Lunatic asylums in Bengal annual reports 1888-1898 - 1888-1898
Year: 1888
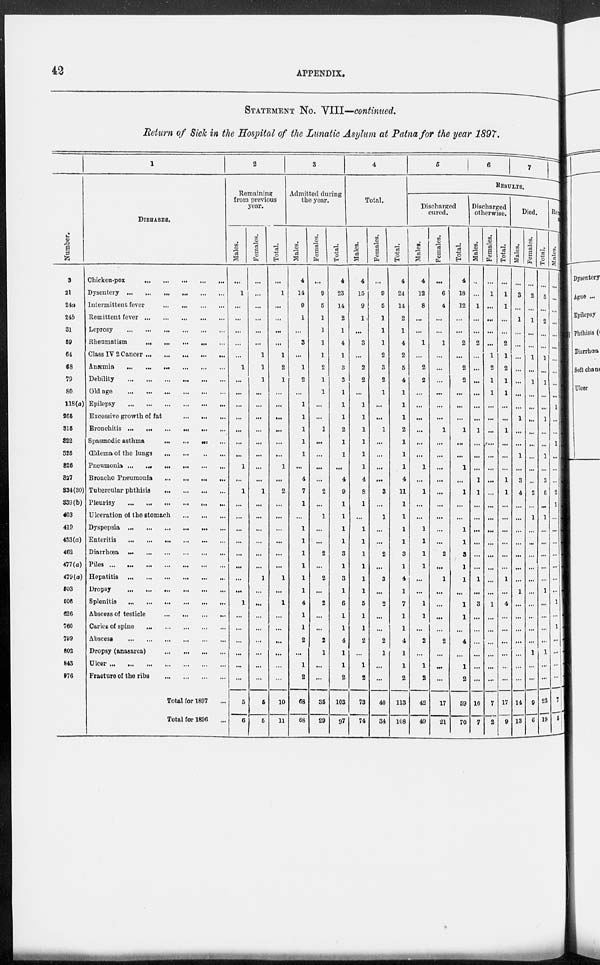
42
APPENDIX.
STATEMENT No. VIII—continued.
Return of Sick in the Hospital of the Lunatic Asylum at Patna for the year 1897.
Number.
3
21
24a
24b
31
59
64
68
79
80
118(a)
265
315
322
325
326
327
334(30)
339(b)
403
419
433(a)
462
477(a)
479(a)
503
506
626
760
799
802
843
976
1
DISEASES.
Chicken-pox
...
...
...
...
...
Dysentery
...
...
...
...
...
...
Intermittent fever
...
...
...
...
Remittent fever
...
...
...
...
...
Leprosy
...
...
...
...
...
...
Rheumatism
... ... ... ... ...
Class IV 2 Cancer
...
...
...
...
...
Anæmia ... ... ... ... ... ...
Debility
...
...
...
...
...
...
Old age ... ... ... ... ... ...
Epilepsy
...
...
...
...
...
...
Excessive growth of fat
...
...
...
Bronchitis
...
...
...
...
...
...
Spasmodic asthma
...
...
...
...
Œema of the lungs
...
...
...
...
Pneumonia
...
...
...
...
...
...
Broncho Pneumonia
...
...
...
...
Tubercular phthisis
...
...
...
...
Pleurisy
...
...
...
...
...
...
Ulceration of the stomach
...
...
...
Dyspepsia
...
...
...
...
...
...
Enteritis ... ... ... ... ... ...
Diarrhœa
...
...
...
...
...
...
Piles
...
...
...
...
...
...
...
Hepatitis
...
...
...
...
...
...
Dropsy ... ... ... ... ... ...
Splenitis
...
...
...
...
...
...
Abscess of testicle
...
...
...
...
Caries of spine
...
...
...
...
...
Abscess
...
...
...
...
...
...
Dropsy (anasarca)
...
...
...
...
Ulcer
...
...
...
...
...
...
...
Fracture of the
ribs
...
...
...
...
Total for 1897 ...
Total for 1896 ...
2
Remaining
from previous
year.
Males.
...
1
...
...
...
...
...
1
...
...
...
...
...
...
...
1
...
1
...
...
...
...
...
...
...
...
1
...
...
...
...
...
...
5
6
Females.
...
...
...
...
...
...
1
1
1
...
...
...
...
...
...
...
...
1
...
...
...
...
...
...
1
...
...
...
...
...
...
...
...
6
5
Total.
...
1
...
...
...
...
1
2
1
...
...
...
...
...
...
1
...
2
...
...
...
...
...
...
1
...
1
...
...
...
...
...
...
10
11
3
Admitted during
the year.
Males.
4
14
9
1
...
3
...
1
2
...
1
1
1
1
1
...
4
7
1
...
1
1
1
1
1
1
4
1
1
2
...
1
2
68
68
Females.
...
9
5
1
1
1
1
2
1
1
...
...
1
...
...
...
...
2
...
1
...
...
2
...
2
...
2
...
...
2
1
...
...
35
29
Total.
4
23
14
2
1
4
1
3
3
1
1
1
2
1
1
...
4
9
1
1
1
1
3
1
3
1
6
1
1
4
1
1
2
103
97
4
Total.
Males.
4
15
9
1
...
3
...
2
2
...
1
1
1
1
1
1
4
8
1
...
1
1
1
1
1
1
5
1
1
2
...
1
2
73
74
Females.
...
9
6
1
1
1
2
3
2
1
...
...
1
...
...
...
...
3
...
1
...
...
2
...
3
...
2
...
...
2
1
...
...
40
34
Total.
4
24
14
2
1
4
2
5
4
1
1
1
2
1
1
1
4
11
1
1
1
1
3
1
4
1
7
1
1
4
1
1
2
113
108
5
6
7
RESULTS.
Discharged
cured.
Males.
4
12
8
...
...
1
...
2
2
...
...
...
...
...
...
1
...
1
...
...
1
1
1
1
...
...
1
1
...
2
...
1
2
42
49
Females.
...
6
4
...
...
1
...
...
...
...
...
...
1
...
...
...
...
...
...
...
...
...
2
...
1
...
...
...
...
2
...
...
...
17
21
Total.
4
18
12
...
...
2
...
2
2
...
...
...
1
...
...
1
...
1
...
...
1
1
3
1
1
...
1
1
...
4
...
1
2
59
70
Discharged
otherwise.
Males.
...
...
1
...
...
2
...
...
...
...
...
...
1
...
...
...
1
1
...
...
...
...
...
...
1
...
3
...
...
...
...
...
...
10
7
Females.
...
1
...
...
...
...
1
2
1
1
...
...
...
...
...
...
...
...
...
...
...
...
...
...
...
...
1
...
...
...
...
...
...
7
2
Total.
...
1
1
...
...
2
1
2
1
1
...
...
1
...
...
...
1
1
...
...
...
...
...
...
1
...
4
...
...
...
...
...
...
17
9
Died.
Males.
...
3
...
1
...
...
...
...
...
...
...
1
...
...
1
...
3
4
...
...
...
...
...
...
...
1
...
...
...
...
...
...
...
14
13
Females.
...
2
...
1
...
...
1
...
1
...
...
...
...
...
...
...
...
2
...
1
...
...
...
...
...
...
...
...
...
...
1
...
...
9
6
Total.
...
5
...
2
...
...
1
...
1
...
...
1
...
...
1
...
3
6
...
1
...
...
...
...
...
1
...
...
...
...
1
...
...
23
19
Remaining
sick.
Males.
...
...
...
...
...
...
...
...
...
...
1
...
...
1
...
...
...
2
1
...
...
...
...
...
...
...
1
...
1
...
...
...
...
7
5